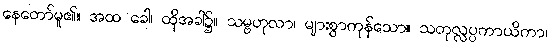
နေတော်မူ၏။ အထ ခေါ၊ ထိုအခါ၌။ သမ္ဗဟုလာ၊ များစွာကုန်သော။ သတုလ္လပ္ပကာယိကာ၊